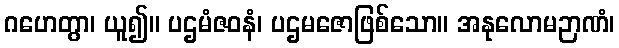
ဂဟေတွာ၊ ယူ၍။ ပဌမံဇဝနံ၊ ပဌမဇောဖြစ်သော။ အနုလောမဉာဏံ၊